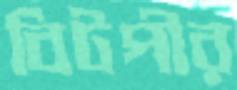
বিটপীর